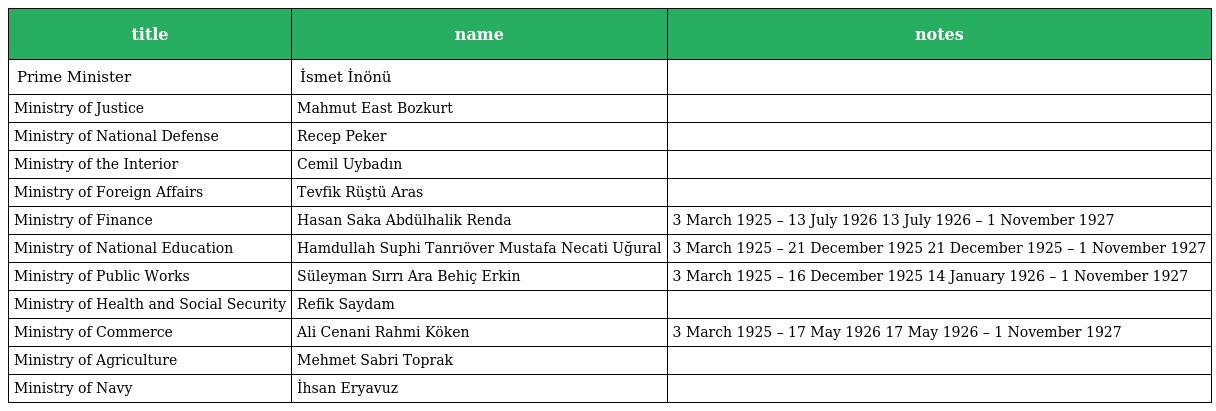
| title | name | notes |
 | --- | --- | --- |
 | Prime Minister | İsmet İnönü |  |
 | Ministry of Justice | Mahmut East Bozkurt |  |
 | Ministry of National Defense | Recep Peker |  |
 | Ministry of the Interior | Cemil Uybadın |  |
 | Ministry of Foreign Affairs | Tevfik Rüştü Aras |  |
 | Ministry of Finance | Hasan Saka Abdülhalik Renda | 3 March 1925 – 13 July 1926 13 July 1926 – 1 November 1927 |
 | Ministry of National Education | Hamdullah Suphi Tanrıöver Mustafa Necati Uğural | 3 March 1925 – 21 December 1925 21 December 1925 – 1 November 1927 |
 | Ministry of Public Works | Süleyman Sırrı Ara Behiç Erkin | 3 March 1925 – 16 December 1925 14 January 1926 – 1 November 1927 |
 | Ministry of Health and Social Security | Refik Saydam |  |
 | Ministry of Commerce | Ali Cenani Rahmi Köken | 3 March 1925 – 17 May 1926 17 May 1926 – 1 November 1927 |
 | Ministry of Agriculture | Mehmet Sabri Toprak |  |
 | Ministry of Navy | İhsan Eryavuz |  |